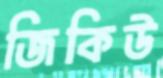
জিকিউ